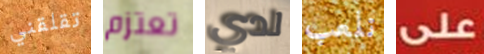
تقلقني تعتزم لدي نلعب على